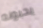
يحبونه